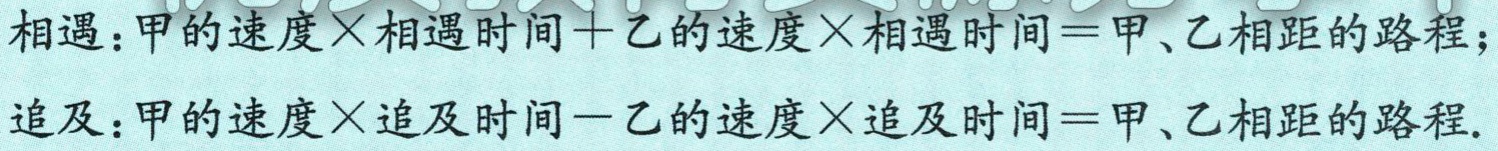
相遇：甲的速度$\times$相遇时间$ +$乙的速度$\times$相遇时间$ =$甲、乙相距的路程；

追及：甲的速度$\times$追及时间$ -$乙的速度$\times$追及时间$ =$甲、乙相距的路程.